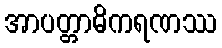
အာပတ္တာဓိကရဏဿ